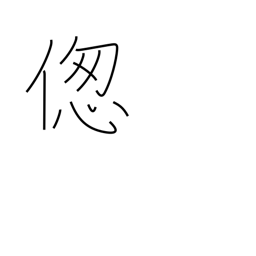
Meaning: suffer